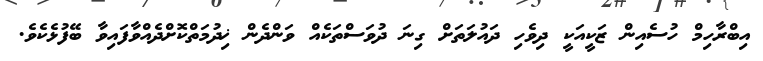
އިބްރާހިމް ހުސެއިން ޒަކީއަކީ ދިވެހި ދައުލަތަށް ގިނަ ދުވަސްތަކެއް ވަންދެން ޚިދުމަތްކޮށްދެއްވާފައިވާ ބޭފުޅެކެވެ.